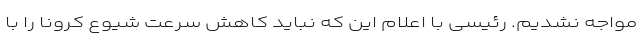
مواجه نشدیم. رئیسی با اعلام این که نباید کاهش سرعت شیوع کرونا را با